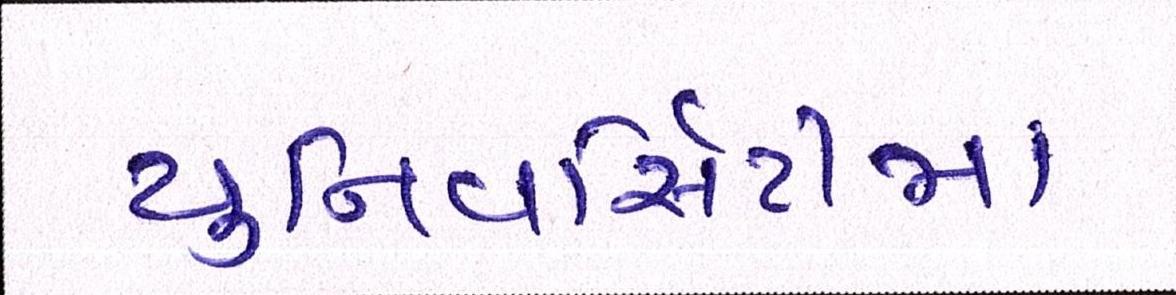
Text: યુનિવર્સિટીમાં